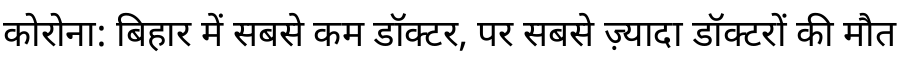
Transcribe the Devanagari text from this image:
कोरोना: बिहार में सबसे कम डॉक्टर, पर सबसे ज़्यादा डॉक्टरों की मौत